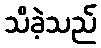
သိခဲ့သည်